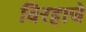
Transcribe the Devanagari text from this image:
विरहाचे